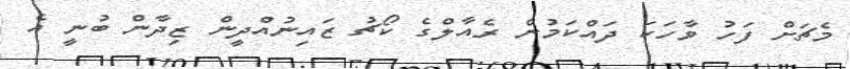
މެޗަށް ފަހު ވާހަކަ ދައްކަމުން ރެއާލްގެ ކޯޗު ޒައިނުއްދީން ޒިދާން ބުނީ އެ